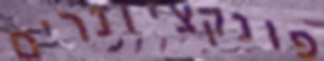
פונקציונרים